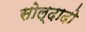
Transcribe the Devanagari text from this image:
सोल्दादो